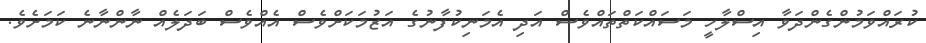
ކުރައްވަމުންގެންދަވާ އިސްލާހީ މަސައްކަތްތައްވެސް އަދި އެމަނިކުފާނުގެ އަޒުމަކަށްވެސް އެއްވެސް ބަދަލެއް ނާންނާނެ ކަމަށެވެ.